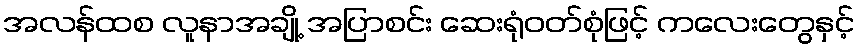
အလန်ထစ လူနာအချို့ အပြာစင်း ဆေးရုံဝတ်စုံဖြင့် ကလေးတွေနှင့်